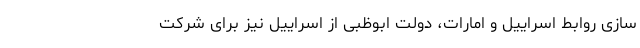
سازی روابط اسراییل و امارات، دولت ابوظبی از اسراییل نیز برای شرکت